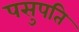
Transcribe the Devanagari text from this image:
पसुपति